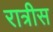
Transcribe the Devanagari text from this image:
रात्रीस